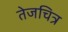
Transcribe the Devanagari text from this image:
तेजचित्र